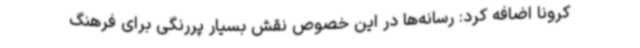
کرونا اضافه کرد: رسانه‌ها در این خصوص نقش بسیار پررنگی برای فرهنگ